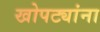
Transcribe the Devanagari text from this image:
खोपट्यांना